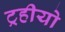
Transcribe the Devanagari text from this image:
ट्रहीयो